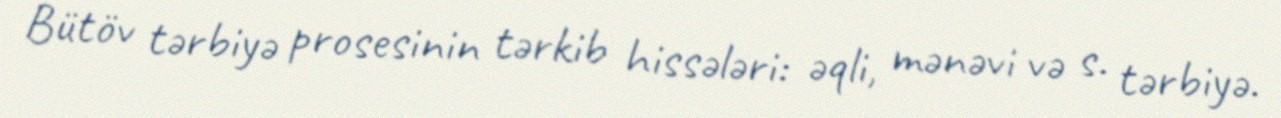
Bütöv tərbiyə prosesinin tərkib hissələri: əqli, mənəvi və s. tərbiyə.